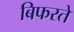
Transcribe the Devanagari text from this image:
बिफरते